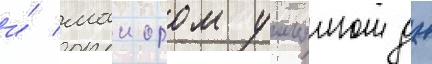
и́ маиором уильямом дж